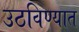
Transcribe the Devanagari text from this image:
उठविण्यात